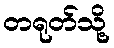
တရုတ်သို့